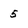
Character: 5